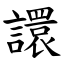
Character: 譞